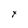
Character: y